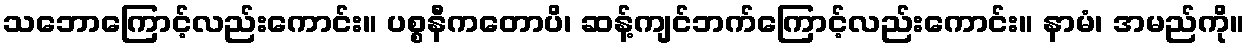
သဘောကြောင့်လည်းကောင်း။ ပစ္စနီကတောပိ၊ ဆန့်ကျင်ဘက်ကြောင့်လည်းကောင်း။ နာမံ၊ အမည်ကို။